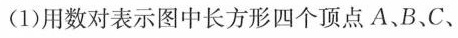
(1)用数对表示图中长方形四个顶点A、B、C、